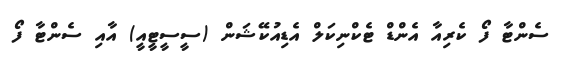
ސެންޓާ ފޯ ކެރިއާ އެންޑް ޓެކްނިކަލް އެޑިއުކޭޝަން (ސީސީޓީއީ) އާއި ސެންޓާ ފޯ